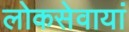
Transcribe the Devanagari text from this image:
लोकसेवायां